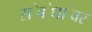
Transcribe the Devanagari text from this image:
स॓ब॓धा॓वर